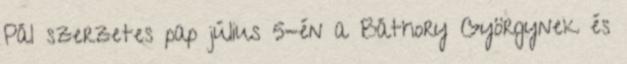
Pál szerzetes pap július 5-én a Báthory Györgynek és